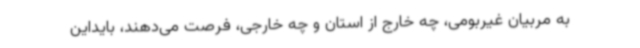
به مربیان غیربومی، چه خارج از استان و چه خارجی، فرصت می‌دهند، بایداین